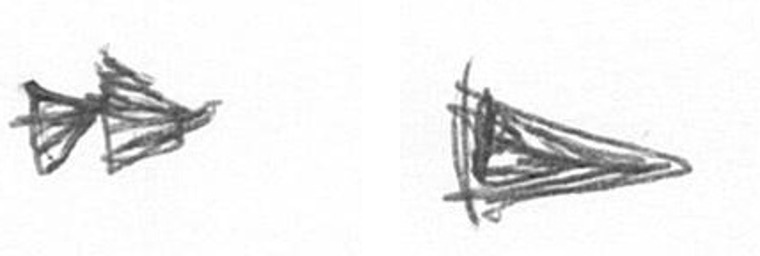
A T